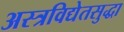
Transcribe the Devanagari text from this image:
अस्त्रविद्येतसुद्धा